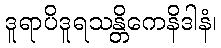
ဒူရာပိဒူရသန္တိကေနိဒါနံ၊